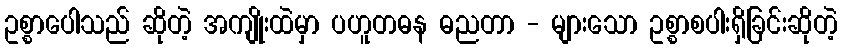
ဥစ္စာပေါသည် ဆိုတဲ့ အကျိုးထဲမှာ ပဟူတဓန ဓညတာ - များသော ဥစ္စာစပါးရှိခြင်းဆိုတဲ့